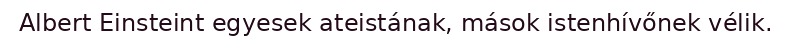
Albert Einsteint egyesek ateistának, mások istenhívőnek vélik.